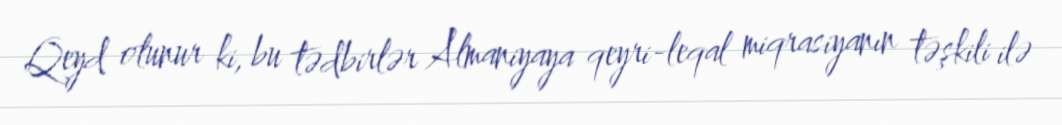
Qeyd olunur ki, bu tədbirlər Almaniyaya qeyri-leqal miqrasiyanın təşkili ilə